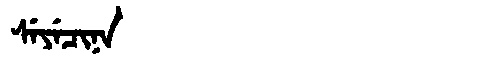
Manchu: ᠰᡝᠶᡝᠴᡳᠨᠠ
Romanization: SEYECINA